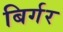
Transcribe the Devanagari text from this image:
बिर्गर